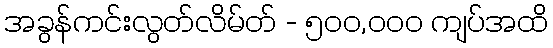
အခွန်ကင်းလွတ်လိမ်တ် - ၅၀၀,၀၀၀ ကျပ်အထိ